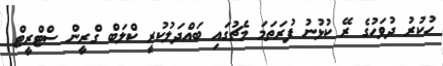
ހުކުރު ދުވަހުގެ ރޭ ކުޅުނު ފުރަތަމަ މެޗުގައި ބައްދަލުކުރީ ކްލަބް ގްރީން ސްޓްރީޓް